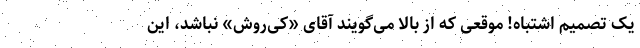
یک تصمیم اشتباه! موقعی که از بالا می‌گویند آقای «کی‌روش» نباشد، این